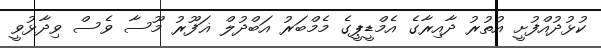
ކުޅުދުއްފުށީ އުތުރު ދާއިރާގެ އެމްޑީޕީގެ މެމްބަރު އަބްދުލް ޣަފޫރު މޫސާ ވެސް ވިދާޅުވީ